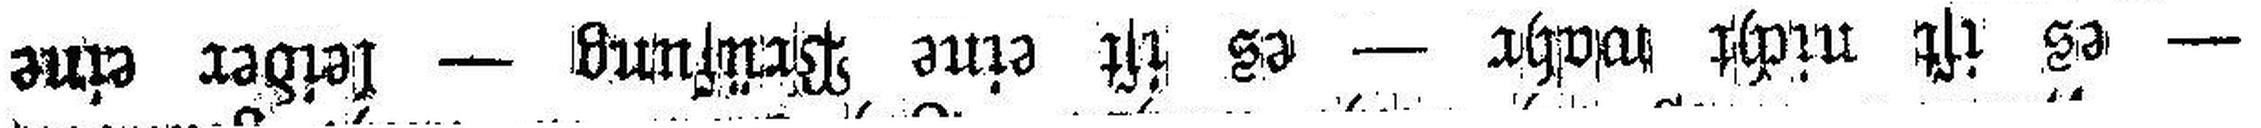
— es ist nicht wahr — es ist eine Prüfung — leider eine